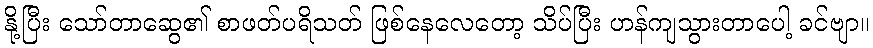
နို့ပြီး သော်တာဆွေ၏ စာဖတ်ပရိသတ် ဖြစ်နေလေတော့ သိပ်ပြီး ဟန်ကျသွားတာပေါ့ ခင်ဗျာ။